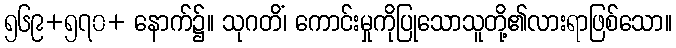
၅၆၉+၅၇၀+ နောက်၌။ သုဂတိံ၊ ကောင်းမှုကိုပြုသောသူတို့၏လားရာဖြစ်သော။